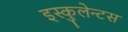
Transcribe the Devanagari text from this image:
इस्कुलेन्टस